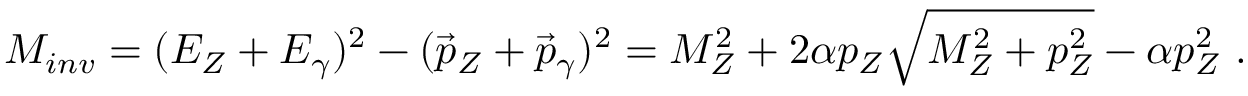
M _ { i n v } = ( E _ { Z } + E _ { \gamma } ) ^ { 2 } - ( \vec { p } _ { Z } + \vec { p } _ { \gamma } ) ^ { 2 } = M _ { Z } ^ { 2 } + 2 \alpha p _ { Z } \sqrt { M _ { Z } ^ { 2 } + p _ { Z } ^ { 2 } } - \alpha p _ { Z } ^ { 2 } ~ .